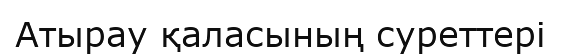
Атырау қаласының суреттері